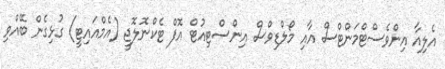
އެލިއާ އިންވެސްޓްމަންޓްސް އާއި މޯލްޑިވްސް އިންސްޓިއުޓް އޮފް ޓެކްނޮލޮޖީ (އެމްއައިޓީ) ގުޅިގެން ބޭއްވި